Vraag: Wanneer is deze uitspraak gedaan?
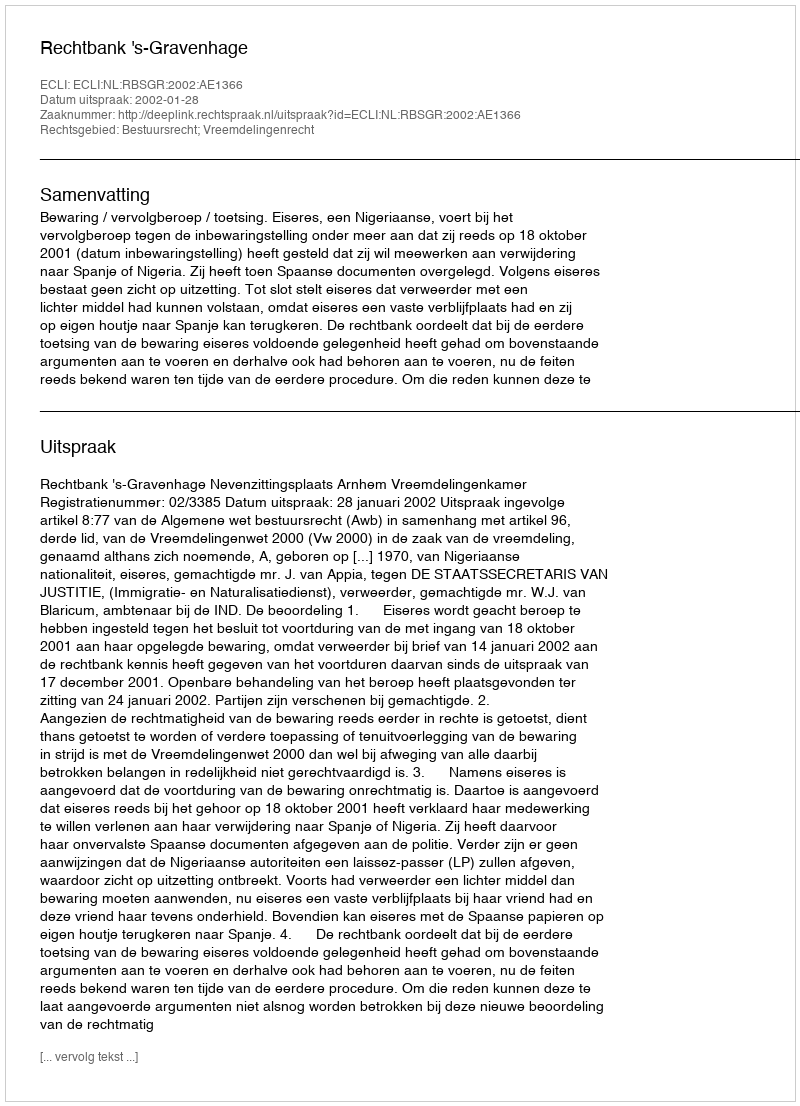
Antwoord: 2002-01-28